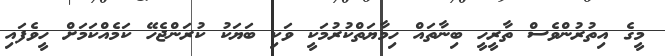
މީގެ އިތުރުންވެސް ތާރީހީ ބިނާތައް ހިމާޔަތްކުރުމަކީ ވަކި ބަޔަކު ކުރަންޖެހޭ ކަމެއްކަމަށް ހީވެފައި